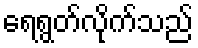
ရေရွတ်လိုက်သည်